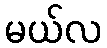
မယ်လ